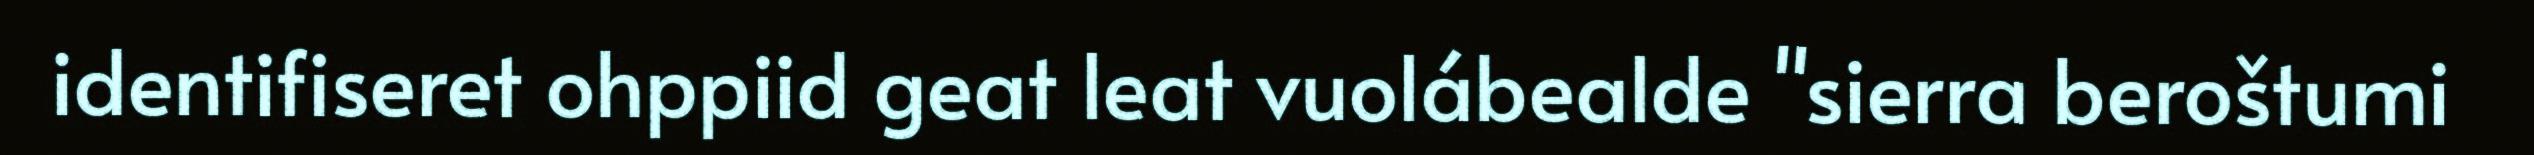
identifiseret ohppiid geat leat vuolábealde "sierra beroštumi